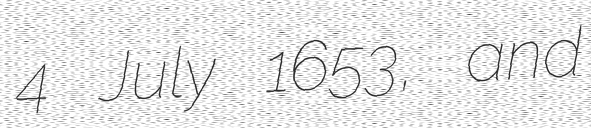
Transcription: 4 July 1653, and